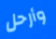
وأرحل